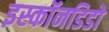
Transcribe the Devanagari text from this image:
इस्कॉनडिडो